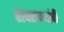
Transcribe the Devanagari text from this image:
राघराण्यांची